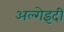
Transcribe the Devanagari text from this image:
अल्गेइदी